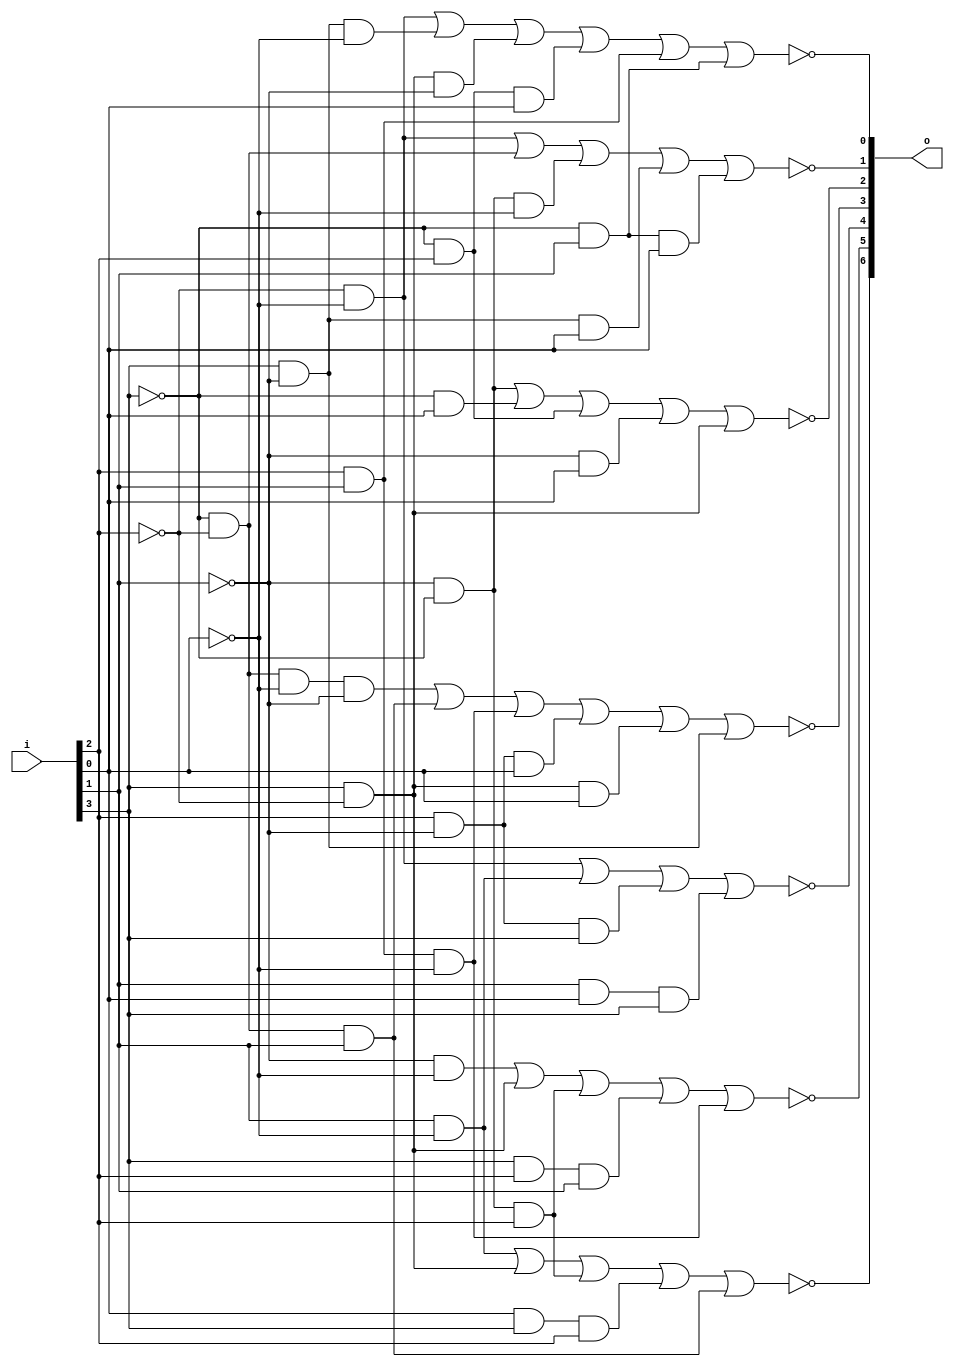
module seven_segment (
input [3:0]i,
output reg [6:0]o
);


// HEX out - rewire DE2
//  ---a---
// |       |
// f       b
// |       |
//  ---g---
// |       |
// e       c
// |       |
//  ---d---

/*
This combinational always block sets up outputs to properly display a number on a seven segment display based on a 4 bit input
*/
always @(*)
begin
   o[0] = !((!i[2] & !i[0]) | (i[3]& !i[1] & !i[0]) | (i[3] & !i[2] & !i[1]) | (!i[3] & i[2] & i[0]) | (i[2] & i[1]) | (!i[3] & i[1]));
	o[1] = !((!i[2] & !i[0]) | (!i[3] & !i[2]) | (!i[3] & !i[1] & !i[0]) | (i[3] & !i[1] & i[0]) | (!i[3] & i[1] & i[0]));
	o[2] = !((!i[3] & !i[1]) | (!i[3] & i[0]) | (!i[3] & i[2] ) | (!i[1] & i[0]) | (i[3] & !i[2]));
	o[3] = !((!i[3] & !i[2] & !i[0] & !i[1]) | (!i[3] & !i[2] & i[1]) | (i[2] & i[1] & !i[0]) | ( i[2] & !i[1] & i[0]) | (i[3] & !i[2] & i[0]) | (i[3] & !i[1]));
	o[4] = !((!i[2] & !i[0]) | (i[1] & !i[0]) | (!i[1] & i[2] & i[3]) | (i[1] & i[0] & i[3]));
	o[5] = !((!i[1] & !i[0]) | (i[3] & !i[2]) | (!i[1] & !i[3] & i[2]) | (i[3] & i[2] & i[1]) | (i[2] & i[1] & !i[0]));
	o[6] = !((i[1] & !i[0]) | (i[3] & !i[2]) | (!i[1] & !i[3] & i[2]) | (i[0] & i[3] & i[2]) | (!i[3] & !i[2] & i[1]));
end

endmodule